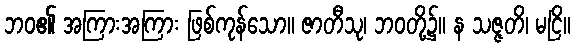
ဘဝ၏ အကြားအကြား ဖြစ်ကုန်သော။ ဇာတီသု၊ ဘဝတို့၌။ န သဇ္ဇတိ၊ မငြိ။